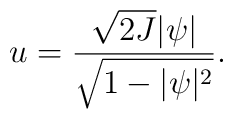
u=\frac{\sqrt{2J}\vert\psi\vert}{\sqrt{1-\vert\psi\vert^2}}.